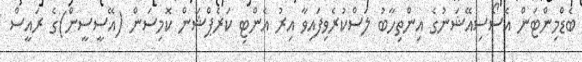
ބެޑްމިންޓަން އެސޯސިއޭޝަނުގެ އިންތިހާބު ލަސްކުރެވިފައިވާ އިރު އެންޓި ކަރެޕްޝަން ކޮމިސަން (އޭސީސީން)ގެ ރައީސް